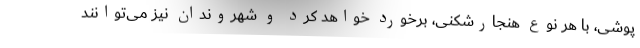
پوشی، با هر نوع هنجارشکنی، برخورد خواهد کرد و شهروندان نیز می‌توانند